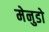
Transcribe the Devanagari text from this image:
मेनुडो